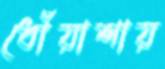
ধোঁয়াশায়